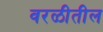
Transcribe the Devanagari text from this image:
वरळीतील